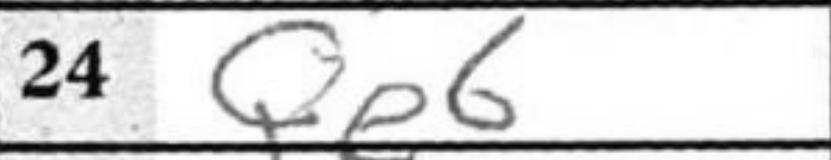
Transcription: Qe6